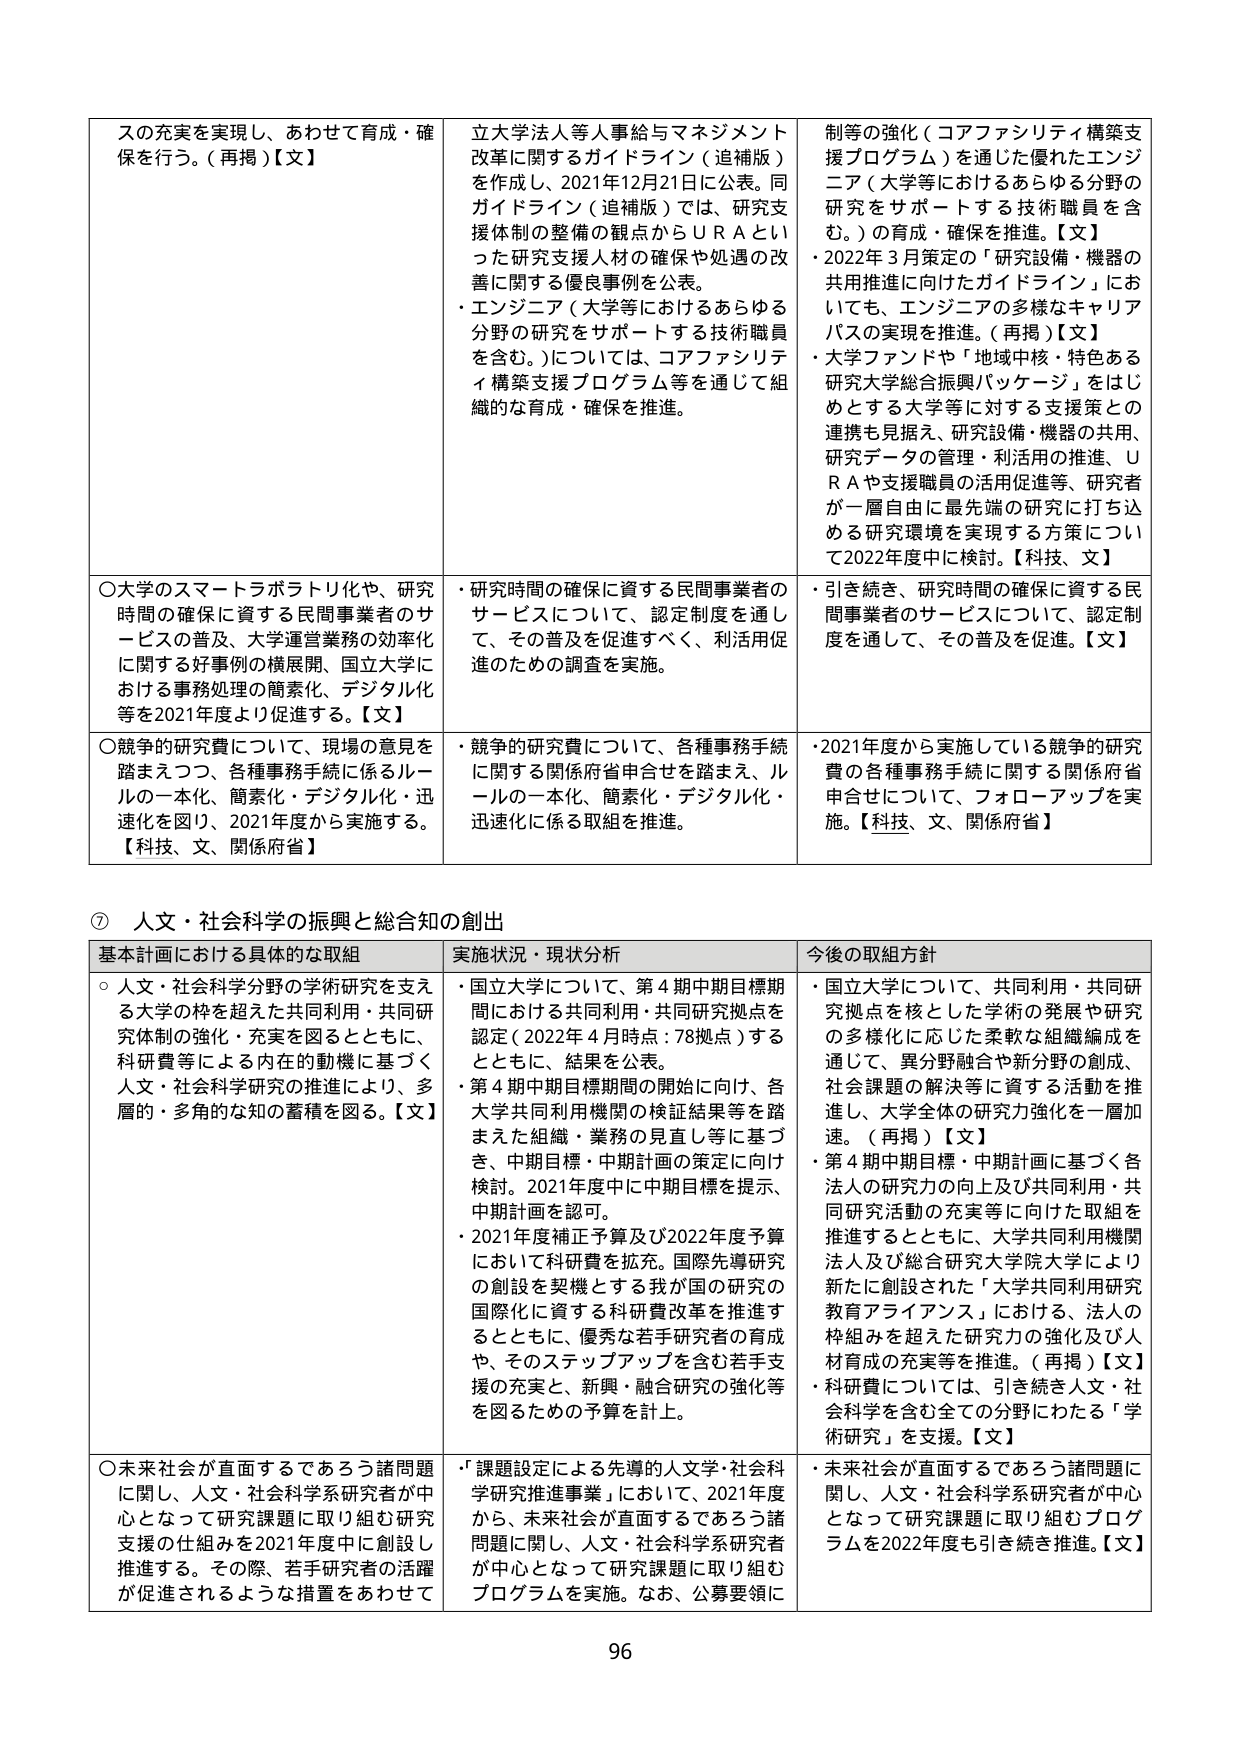
スの充実を実現し、あわせて育成・確保を行う。（再掲）【文】
立大学法人等人事給与マネジメント改革に関するガイドライン（追補版）を作成し、2021年12月21日に公表。同ガイドライン（追補版）では、研究支援体制の整備の観点からＵＲＡといった研究支援人材の確保や処遇の改善に関する優良事例を公表。
・エンジニア（大学等におけるあらゆる分野の研究をサポートする技術職員を含む。）については、コアファシリティ構築支援プログラム等を通じて組織的な育成・確保を推進。
制等の強化（コアファシリティ構築支援プログラム）を通じた優れたエンジニア（大学等におけるあらゆる分野の研究をサポートする技術職員を含む。）の育成・確保を推進。【文】
・2022年3月策定の「研究設備・機器の共用推進に向けたガイドライン」においても、エンジニアの多様なキャリアパスの実現を推進。（再掲）【文】
・大学ファンドや「地域中核・特色ある研究大学総合振興パッケージ」をはじめとする大学等に対する支援策との連携も見据え、研究設備・機器の共用、研究データの管理・利活用の推進、ＵＲＡや支援職員の活用促進等、研究者が一層自由に最先端の研究に打ち込める研究環境を実現する方策について2022年度中に検討。【科技、文】

○大学のスマートラボラトリ化や、研究時間の確保に資する民間事業者のサービスの普及、大学運営業務の効率化に関する好事例の横展開、国立大学における事務処理の簡素化、デジタル化等を2021年度より促進する。【文】
・研究時間の確保に資する民間事業者のサービスについて、認定制度を通じて、その普及を促進すべく、利活用促進のための調査を実施。
・引き続き、研究時間の確保に資する民間事業者のサービスについて、認定制度を通じて、その普及を促進。【文】

○競争的研究費について、現場の意見を踏まえつつ、各種事務手続に係るルールの一本化、簡素化・デジタル化・迅速化を図り、2021年度から実施する。【科技、文、関係府省】
・競争的研究費について、各種事務手続に関する関係府省申合せを踏まえ、ルールの一本化、簡素化・デジタル化・迅速化に係る取組を推進。
・2021年度から実施している競争的研究費の各種事務手続に関する関係府省申合せについて、フォローアップを実施。【科技、文、関係府省】

⑦ 人文・社会科学の振興と総合知の創出
基本計画における具体的な取組
○人文・社会科学分野の学術研究を支える大学の枠を超えた共同利用・共同研究体制の強化・充実を図るとともに、科研費等による内在的動機に基づく人文・社会科学研究の推進により、多層的・多角的な知の蓄積を図る。【文】
実状況・現状分析
・国立大学について、第4期中期目標期間における共同利用・共同研究拠点を認定（2022年4月時点：78拠点）するとともに、結果を公表。
・第4期中期目標期間の開始に向け、各大学共同利用機関の検証結果等を踏まえた組織・業務の見直し等に基づき、中期目標・中期計画の策定に向け検討。2021年度中に中期目標を提示、中期計画を認可。
・2021年度補正予算及び2022年度予算において科研費を拡充。国際先導研究の創設を契機とする我が国の研究の国際化に資する科研費改革を推進するとともに、優秀な若手研究者の育成や、そのステップアップを含む若手支援の充実と、新興・融合研究の強化等を図るための予算を計上。
今後の取組方針
・国立大学について、共同利用・共同研究拠点を核とした学術の発展や研究の多様化に応じた柔軟な組織編成を通じて、異分野融合や新分野の創成、社会課題の解決等に資する活動を推進し、大学全体の研究力強化を一層加速。（再掲）【文】
・第4期中期目標・中期計画に基づく各法人の研究力の向上及び共同利用・共同研究活動の充実等に向けた取組を推進するとともに、大学共同利用機関法人及び総合研究大学院大学により新たに創設された「大学共同利用研究教育アライアンス」における、法人の枠組みを超えた研究力の強化及び人材育成の充実等を推進。（再掲）【文】
・科研費については、引き続き人文・社会科学を含む全ての分野にわたる「学術研究」を支援。【文】

○未来社会が直面するであろう諸問題に関し、人文・社会科学系研究者が中心となって研究課題に取り組む研究支援の仕組みを2021年度中に創設し推進する。その際、若手研究者の活躍が促進されるような措置をあわせて
・「課題設定による先導的人文・社会科学研究推進事業」において、2021年度から、未来社会が直面するであろう諸問題に関し、人文・社会科学系研究者が中心となって研究課題に取り組むプログラムを実施。なお、公募要領に
・未来社会が直面するであろう諸問題に関し、人文・社会科学系研究者が中心となって研究課題に取り組むプログラムを2022年度も引き続き推進。【文】

96